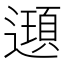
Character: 𨘀